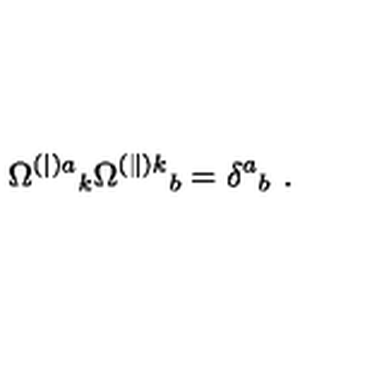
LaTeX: \Omega ^ { ( | ) a } { } _ { k } \Omega ^ { ( \| ) k } { } _ { b } = \delta ^ { a } { } _ { b } \ .